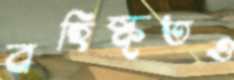
বহিষ্কৃতও